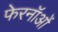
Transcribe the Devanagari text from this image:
फेरनॉओं